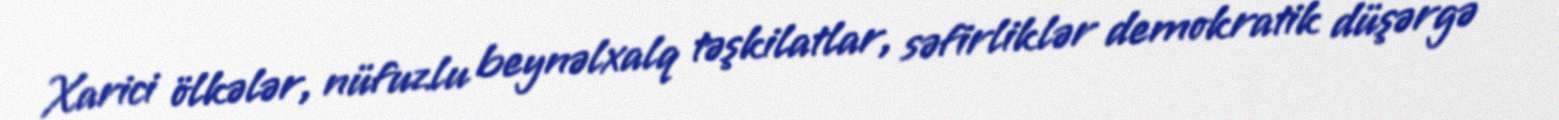
Xarici ölkələr, nüfuzlu beynəlxalq təşkilatlar, səfirliklər demokratik düşərgə